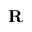
{ \bf R }